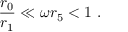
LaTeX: \frac { r _ { 0 } } { r _ { 1 } } \ll \omega r _ { 5 } < 1 ~ .